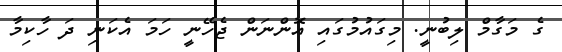
ގެ މަަގާމް ލިބުނީ. މިގައުމުގައި އޮންނަން ޖެހޭނީ ހަމަ އެކަނި ދަ ހާކިމާ